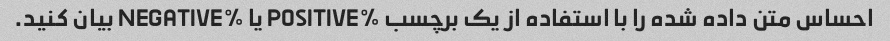
احساس متن داده شده را با استفاده از یک برچسب %POSITIVE یا %NEGATIVE بیان کنید.